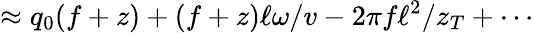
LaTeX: \approx q_{0}(f+z)+(f+z)\ell\omega/v-2\pi f\ell^{2}/z_{T}+\cdots